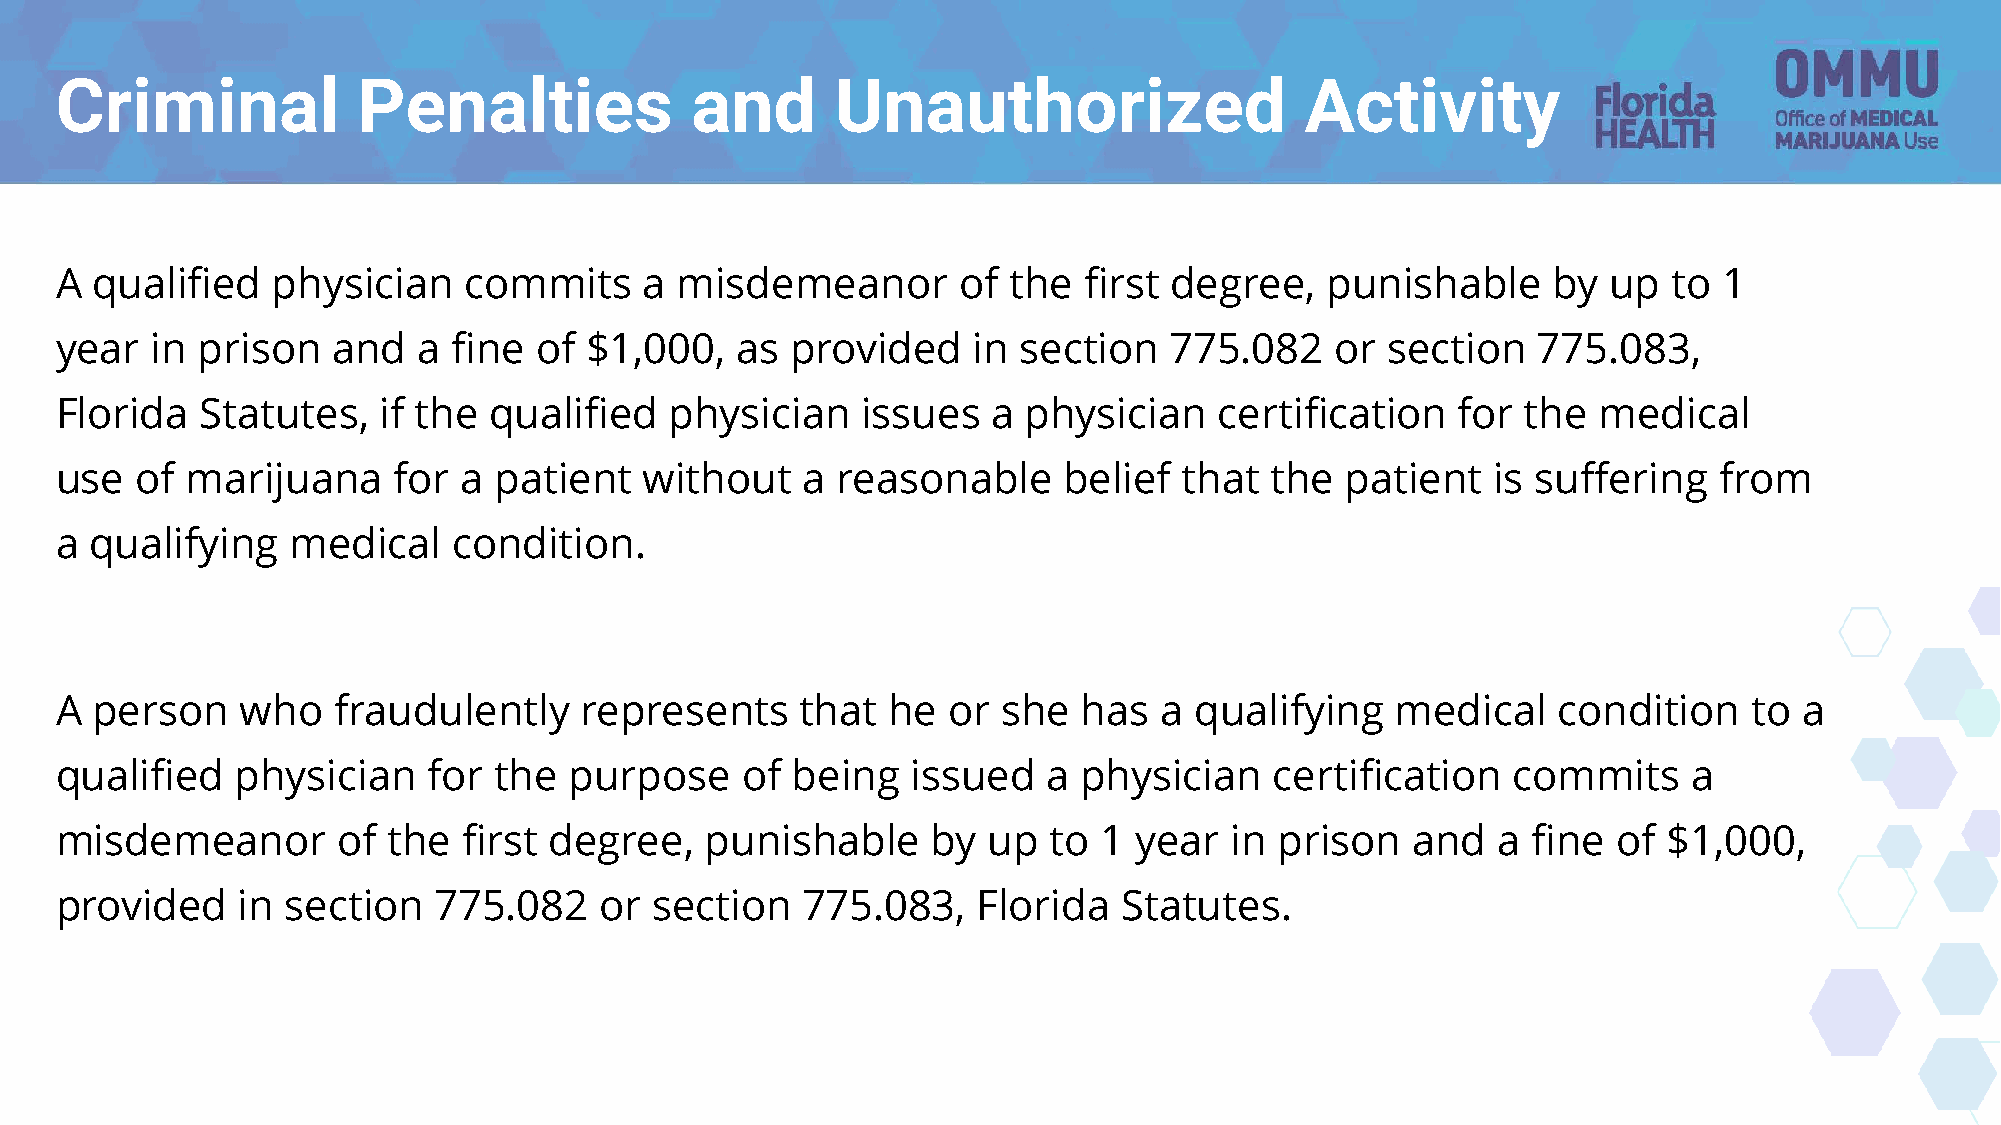
Criminal            Penalties             and      Unauthorized                   Activity
 A qualified   physician    commits     a misdemeanor        of the  first degree,   punishable     by  up  to 1
 year  in prison   and   a fine of  $1,000,   as provided    in  section  775.082    or  section   775.083,
 Florida  Statutes,   if the qualified   physician    issues   a physician    certification  for  the  medical
 use  of marijuana     for  a patient   without   a reasonable     belief  that  the  patient   is suffering   from
 a qualifying   medical    condition.
 A person    who   fraudulently    represents     that  he  or she   has  a qualifying   medical    condition    to a
 qualified   physician   for  the  purpose    of being   issued   a  physician   certification   commits     a
 misdemeanor       of  the  first degree,   punishable     by up  to  1 year  in  prison  and   a fine  of $1,000,
 provided    in section   775.082    or section   775.083,    Florida  Statutes.